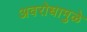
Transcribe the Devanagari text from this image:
अवरोधामुळे